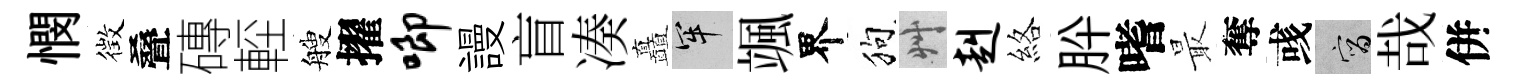
憫徴叠磚䡖艘擢唧謾盲凑矗牢颯界狗艸赳絡肸嗜最奪彧宵哉併